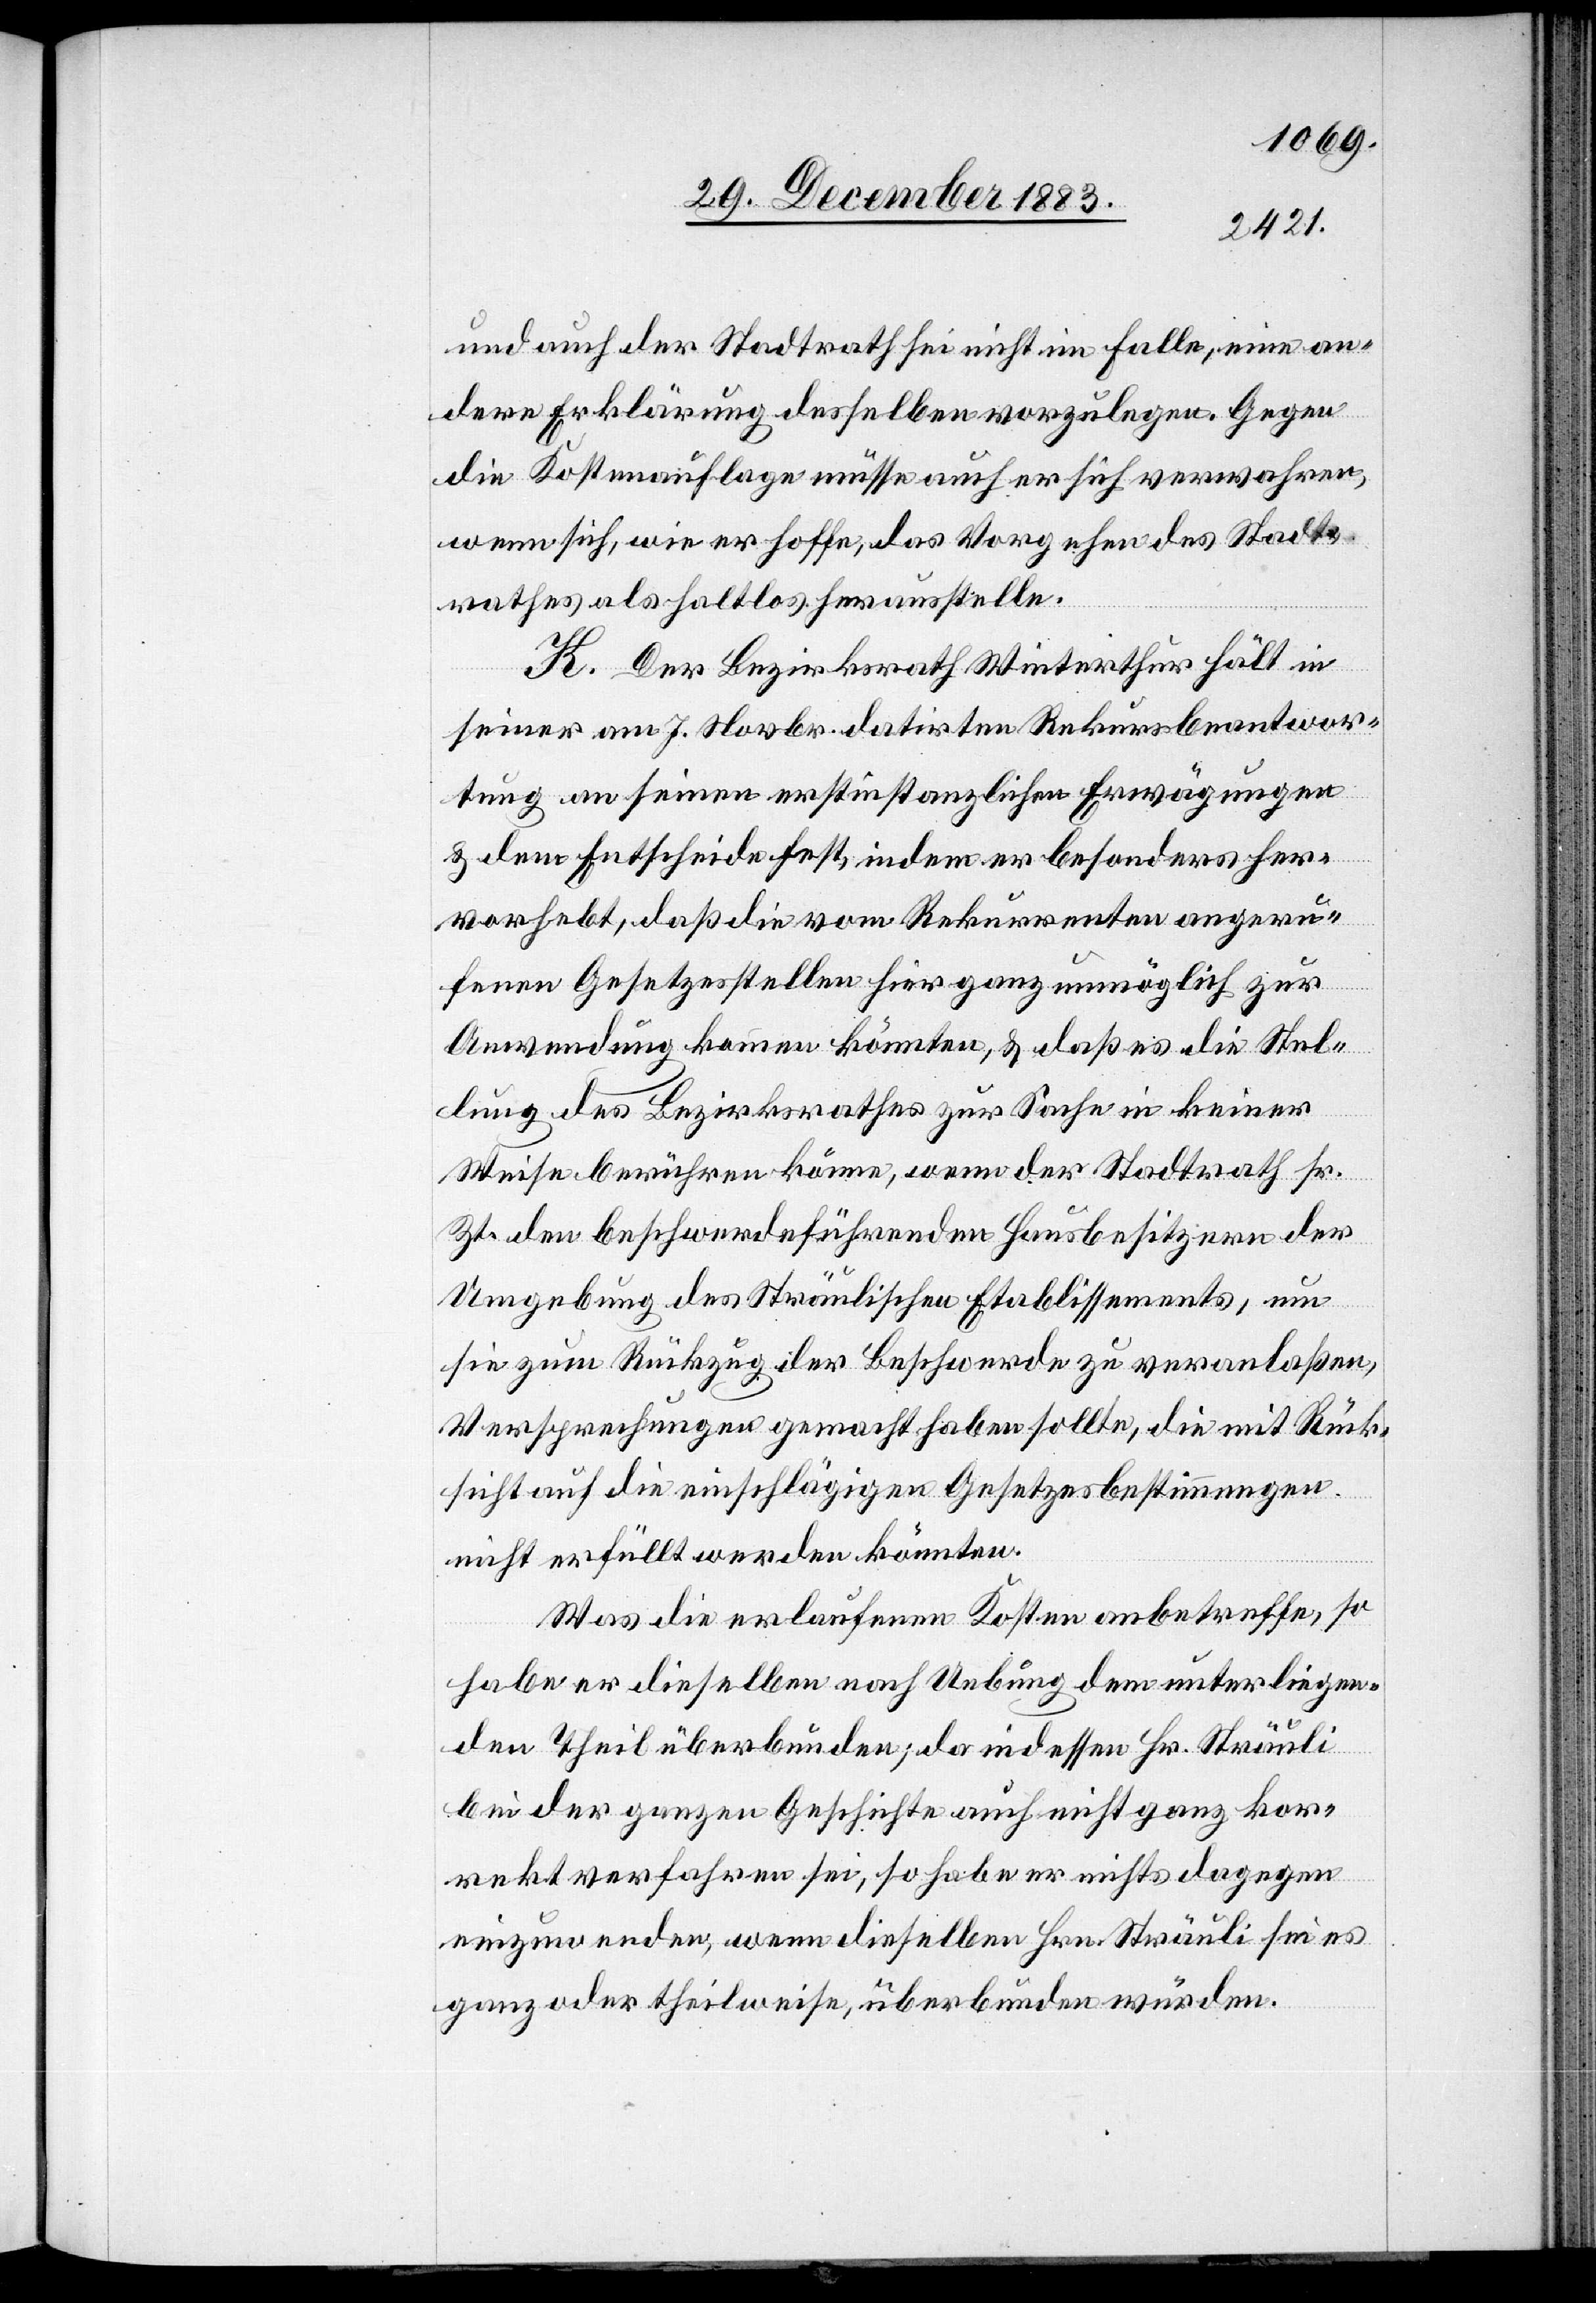
und auch der Stadtrath sei nicht im Falle, eine an¬
dere Erklärung desselben vorzulegen. Gegen
die Kostenauflage müsse auch er sich verwahren,
wenn sich, wie er hoffe, das Vorgehen des Stadt¬
rathes als haltlos herausstelle.
K. Der Bezirksrath Winterthur hält in
seiner am 7. Novbr. datirten Rekursbeantwor¬
tung an seinen erstinstanzlichen Erwägungen
& dem Entscheide fest, indem er besonders her¬
vorhebt, daß die vom Rekurrenten angeru¬
fenen Gesetzesstellen hier ganz unmöglich zur
Anwendung kommen könnten, & daß es die Stel¬
lung des Bezirksrathes zur Sache in keiner
Weise berühren könne wenn der Stadtrath sr.
Zt. den beschwerdeführenden Hausbesitzern der
Umgebung des Sträulischen Etablissements, um
sie zum Rückzug der Beschwerde zu veranlaßen,
Versprechungen gemacht haben sollte, die mit Rück¬
sicht auf die einschlägigen Gesetzesbestimmungen
nicht erfüllt werden könnten.
Was die erlaufenen Kosten anbetreffe, so
habe er dieselben nach Uebung dem unterliegen¬
den Theil überbunden; da indessen Hr. Sträuli
bei der ganzen Geschichte auch nicht ganz kor¬
rekt verfahren sei, so habe er nichts dagegen
einzuwenden, wenn dieselben Hrn. Sträuli sei es
ganz oder theilweise, überbunden werden.